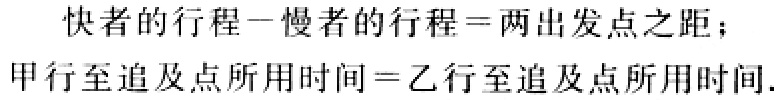
快者的行程−慢者的行程=两出发点之距；
甲行至追及点所用时间=乙行至追及点所用时间.